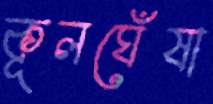
কূলঘেঁষা